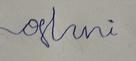
Signature authenticity: forged